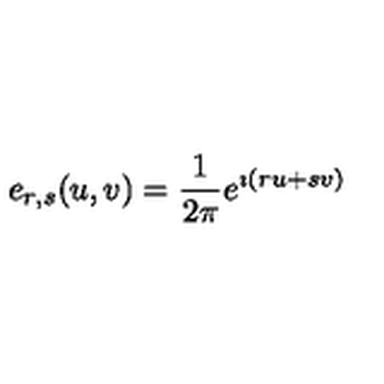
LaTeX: e _ { r , s } ( u , v ) = \frac 1 { 2 \pi } e ^ { \imath ( r u + s v ) }